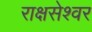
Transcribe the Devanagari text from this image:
राक्षसेश्वर